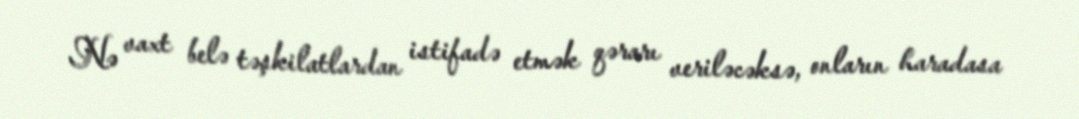
Nə vaxt belə təşkilatlardan istifadə etmək qərarı veriləcəksə, onların haradasa